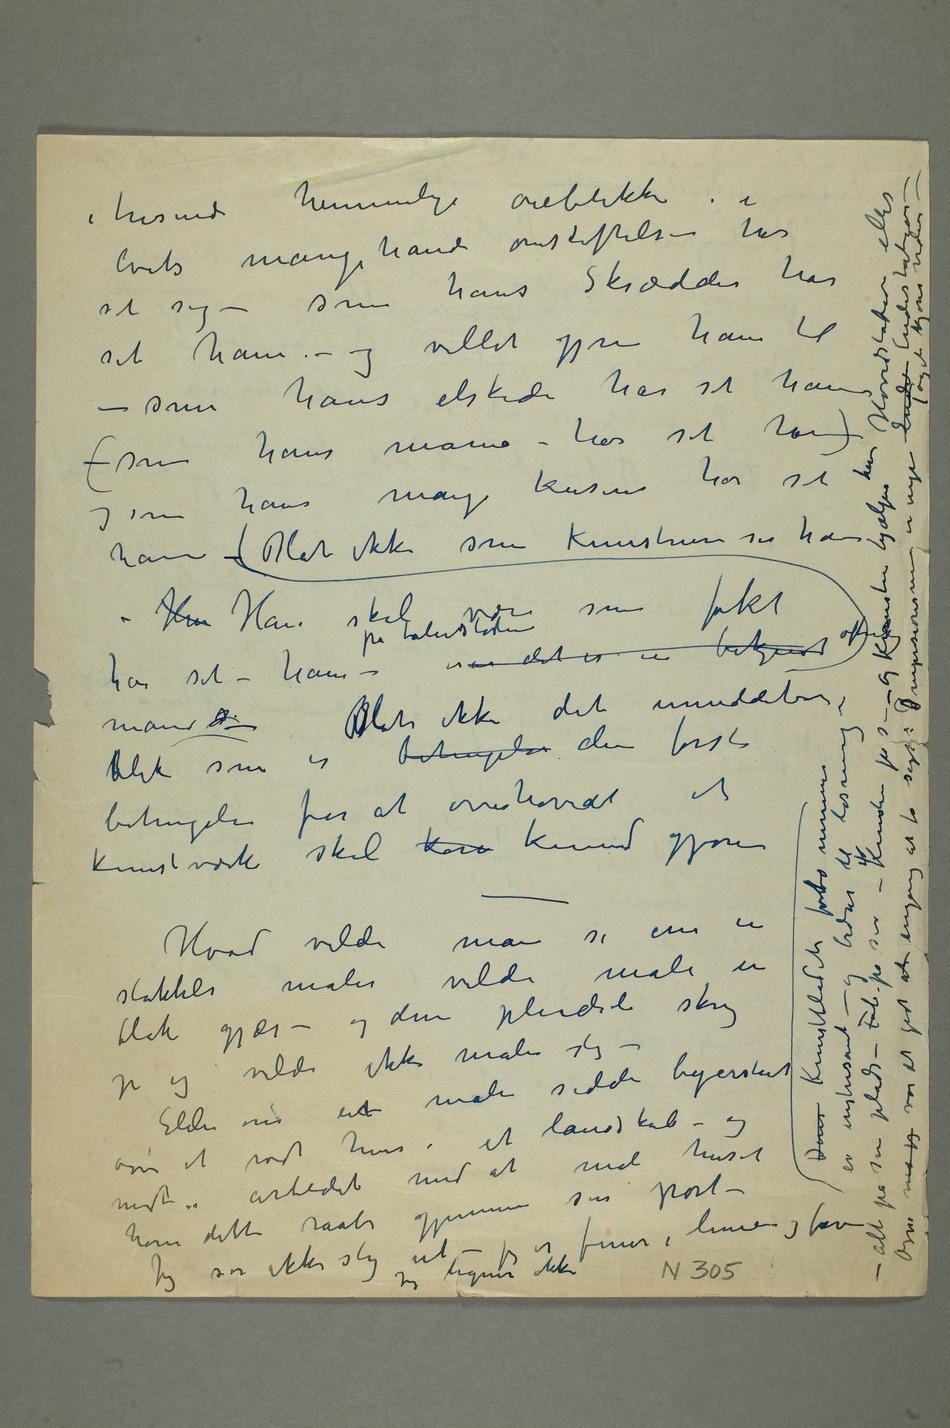
i tusinde hemmelige øieblikke i
som hans elskede har set ham (– som hans
som hans mange
ham – Blot ikke som kunstneren ser ham – Han Han skal
som folket har
set – ham – på balustraden om det er en bekjendt offentlig
Hvad ville man si om
stakkels maler vilde male en
flok gjæs – og den pludseli skreg
vilde ikke males slig – Eller om
en maler sidder begeistret
hører dette råbe gjennem sin port – Jeg ser
Jeg ligner ikke Deres Kunstbladets fotonummer er intresant – og bidrar